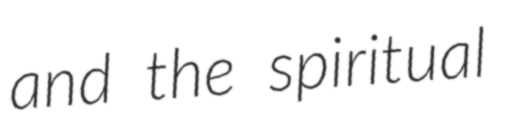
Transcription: and the spiritual